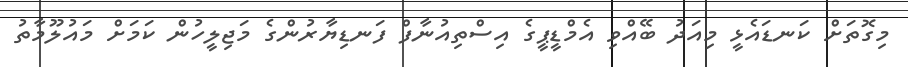
މިގޮތަށް ކަނޑައެޅީ މިއަދު ބޭއްވި އެމްޑީޕީގެ އިސްތިއުނާފް ފަނޑިޔާރުންގެ މަޖިލީހުން ކަމަށް މައުލޫމާތު